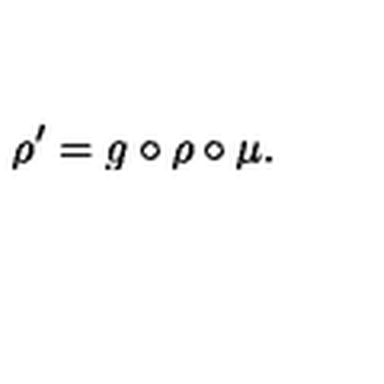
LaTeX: \rho ^ { \prime } = g \circ \rho \circ \mu .